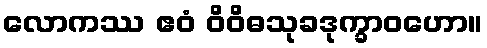
လောကဿ ဧဝံ ဝိဝိဓသုခဒုက္ခာဝဟော။